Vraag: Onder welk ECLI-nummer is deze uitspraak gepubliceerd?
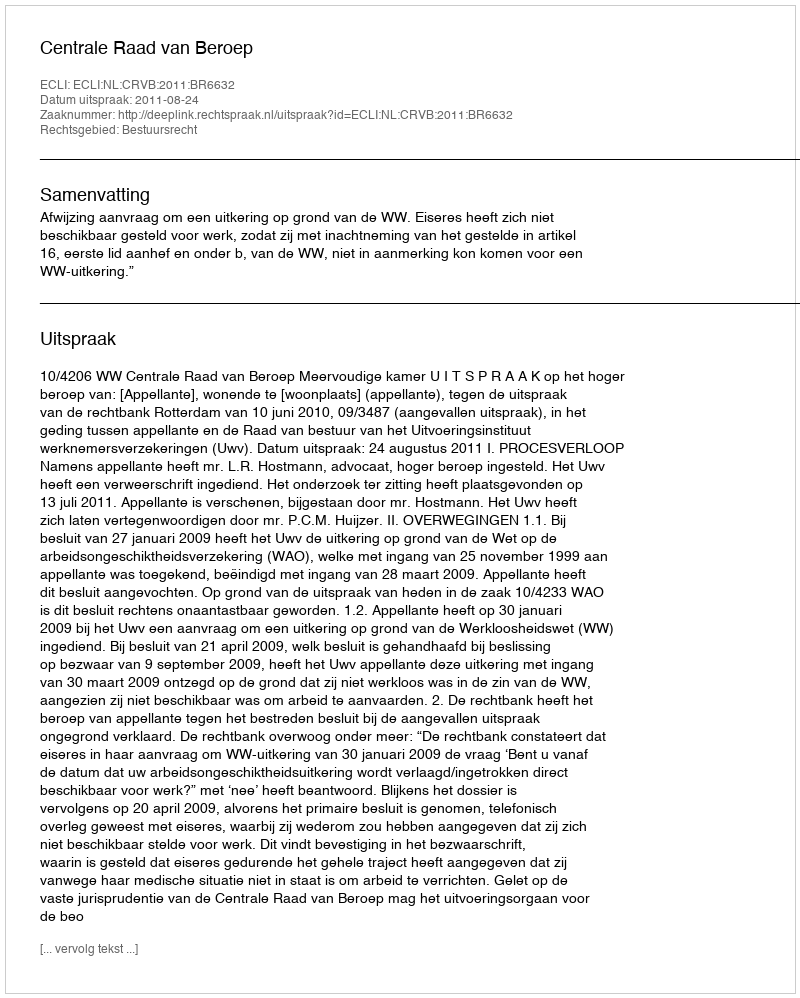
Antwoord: ECLI:NL:CRVB:2011:BR6632